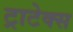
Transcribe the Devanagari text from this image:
ट्राटेक्स